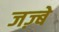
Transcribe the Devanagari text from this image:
जज़्बे